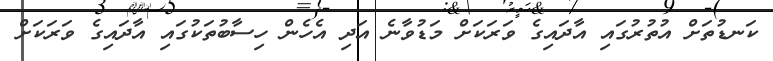
ކަނޑުތަށް އުތުރުގައި އާދައިގެ ވަރަކަށް މަޑުވާނެ އަދި އެހެން ހިސާބުތަކުގައި އާދައިގެ ވަރަކަށް